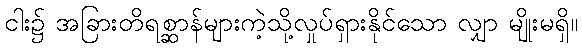
ငါး၌ အခြားတိရစ္ဆာန်များကဲ့သို့လှုပ်ရှားနိုင်သော လျှာ မျိုးမရှိ။